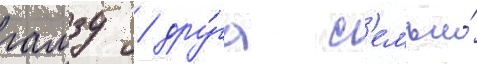
гамзу / дру́га с'емьи́